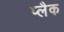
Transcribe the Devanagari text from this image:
प्लैक